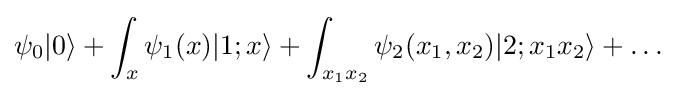
\psi _{0}|0\rangle +\int _{x}\psi _{1}(x)|1;x\rangle +\int _{x_{1}x_{2}}\psi _{2}(x_{1},x_{2})|2;x_{1}x_{2}\rangle +\ldots